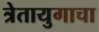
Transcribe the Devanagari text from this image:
त्रेतायुगाचा